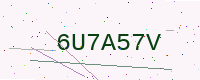
Text: 6U7A57V